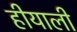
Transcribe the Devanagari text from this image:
हीयाली